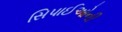
સિપાઈઓની